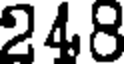
248